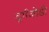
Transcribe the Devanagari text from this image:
दुर्गजोडी